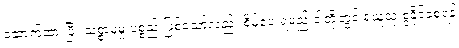
ဆောက်ထားပြီး သစ္စာမဲ့မှု ပစ္စည်းဖြစ်သော်လည်း စိမ်ပေးရမည် ငါတို့တွင် ရယူသုံးစွဲနိုင်စေရန်